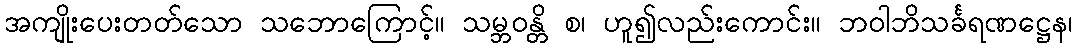
အကျိုးပေးတတ်သော သဘောကြောင့်။ သမ္ဘဝန္တိ စ၊ ဟူ၍လည်းကောင်း။ ဘဝါဘိသင်္ခရဏဋ္ဌေန၊